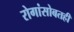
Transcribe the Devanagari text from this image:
रोगांसोबतही